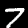
Digit: 7